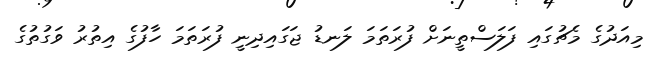
މިއަދުގެ މެޗުގައި ފަލަސްތީނަށް ފުރަތަމަ ލަނޑު ޖަގައިދިނީ ފުރަތަމަ ހާފުގެ އިތުރު ވަގުތުގެ